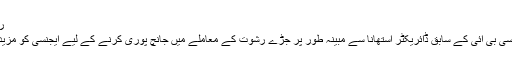
راکیش استھانا( فوٹو: پی ٹی آئی)
نئی دہلی: دہلی ہائی کورٹ نے سی بی آئی کے سابق ڈائریکٹر استھانا سے مبینہ طور پر جڑے رشوت کے معاملے میں جانچ پوری کرنے کے لیے ایجنسی کو مزید دو مہینے کا وقت دے دیا ہے۔